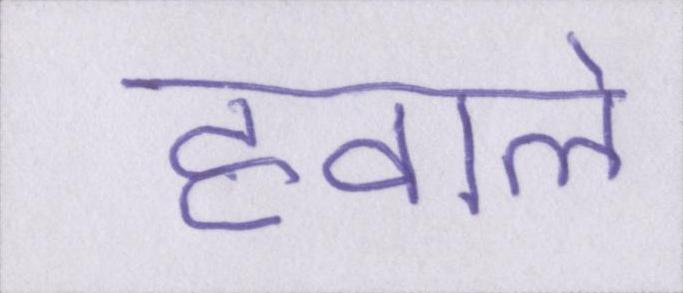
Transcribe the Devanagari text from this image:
हवाले